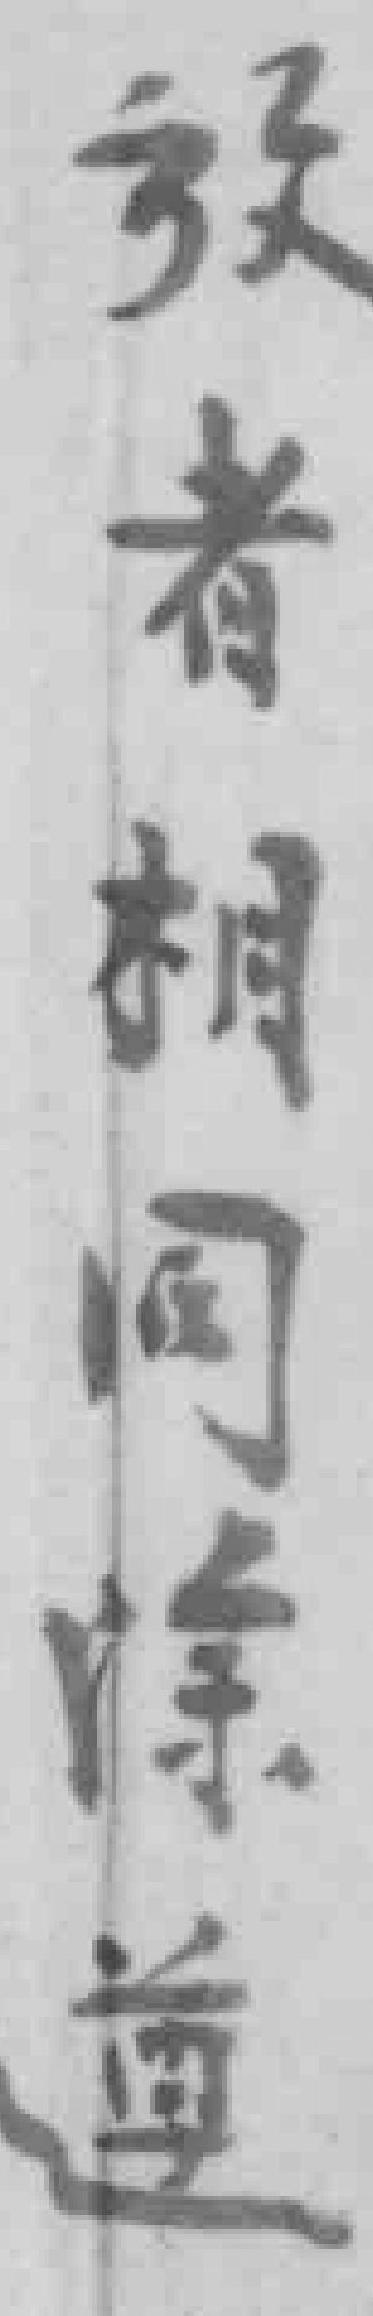
放者相同除遵